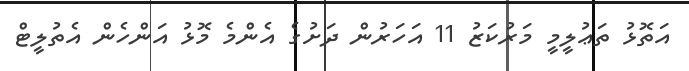
އަތޮޅު ތަޢުލީމީ މަރުކަޒު 11 އަހަރުން ދަށުގެ އެންމެ މޮޅު އަންހެން އެތުލީޓް